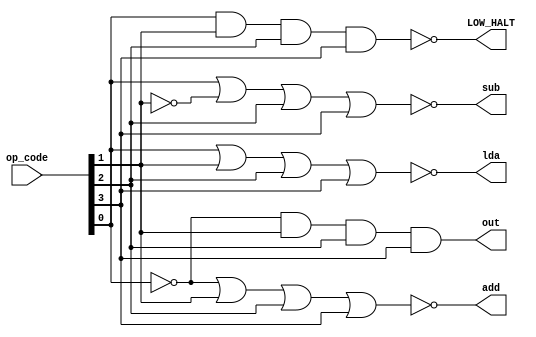
module opcode_decoder(op_code, lda, add, sub, out, LOW_HALT);
    input [3:0] op_code;
    output lda, add, sub, out, LOW_HALT;

    assign lda = ~(op_code[0] | op_code[1] | op_code[2] | op_code[3]);    //0000(Load to accumulator)
    assign add = ~(~op_code[0] | op_code[1] | op_code[2] | op_code[3]);    //0001(Addition)
    assign sub = ~(op_code[0] | ~op_code[1] | op_code[2] | op_code[3]);     //0010(subtraction)
    assign out = (~op_code[0] & op_code[1] & op_code[2] & op_code[3]);        //1110(Output)
    assign LOW_HALT = ~(op_code[0] & op_code[1] & op_code[2] & op_code[3]);  //1111(halt)
endmodule